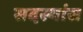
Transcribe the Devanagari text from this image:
सदस्यांस